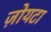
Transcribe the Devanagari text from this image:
ज़ोयटा